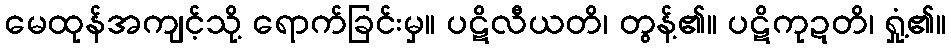
မေထုန်အကျင့်သို့ ရောက်ခြင်းမှ။ ပဋိလီယတိ၊ တွန့်၏။ ပဋိကုဍတိ၊ ရှုံ့၏။